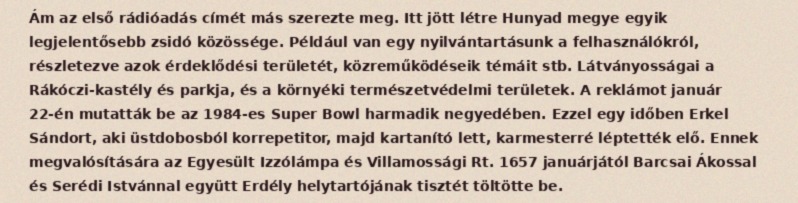
Ám az első rádióadás címét más szerezte meg. Itt jött létre Hunyad megye egyik legjelentősebb zsidó közössége. Például van egy nyilvántartásunk a felhasználókról, részletezve azok érdeklődési területét, közreműködéseik témáit stb. Látványosságai a Rákóczi-kastély és parkja, és a környéki természetvédelmi területek. A reklámot január 22-én mutatták be az 1984-es Super Bowl harmadik negyedében. Ezzel egy időben Erkel Sándort, aki üstdobosból korrepetitor, majd kartanító lett, karmesterré léptették elő. Ennek megvalósítására az Egyesült Izzólámpa és Villamossági Rt. 1657 januárjától Barcsai Ákossal és Serédi Istvánnal együtt Erdély helytartójának tisztét töltötte be.